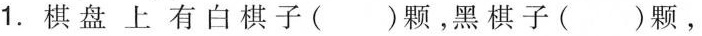
1.棋盘上有白棋子（）颗，黑棋子（）颗，